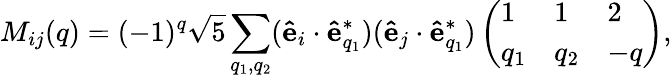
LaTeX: M_{ij}(q)=(-1)^{q}\sqrt{5}\sum_{q_{1},q_{2}}(\mathbf{\hat{e}}_{i}\cdot\mathbf{\hat{e}}_{q_{1}}^{*})(\mathbf{\hat{e}}_{j}\cdot\mathbf{\hat{e}}_{q_{1}}^{*})\left(\begin{array}{lll}{1}&{1}&{2}\\ {q_{1}}&{q_{2}}&{-q}\end{array}\right),